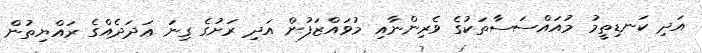
އަދި ކަނޑިތީމު މުއައްސަސާތަކުގެ ވެރިންނާއި މުވައްޒަފުން އަދި ރަށުގެ ގިނަ ޢަދަދެއްގެ ރައްޔިތުން